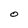
Character: O